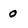
Character: o